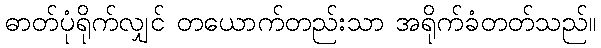
ဓာတ်ပုံရိုက်လျှင် တယောက်တည်းသာ အရိုက်ခံတတ်သည်။